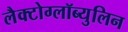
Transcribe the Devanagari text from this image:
लैक्टोग्लॉब्युलिन